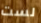
لست